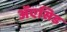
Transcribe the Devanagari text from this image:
ॲएसिड